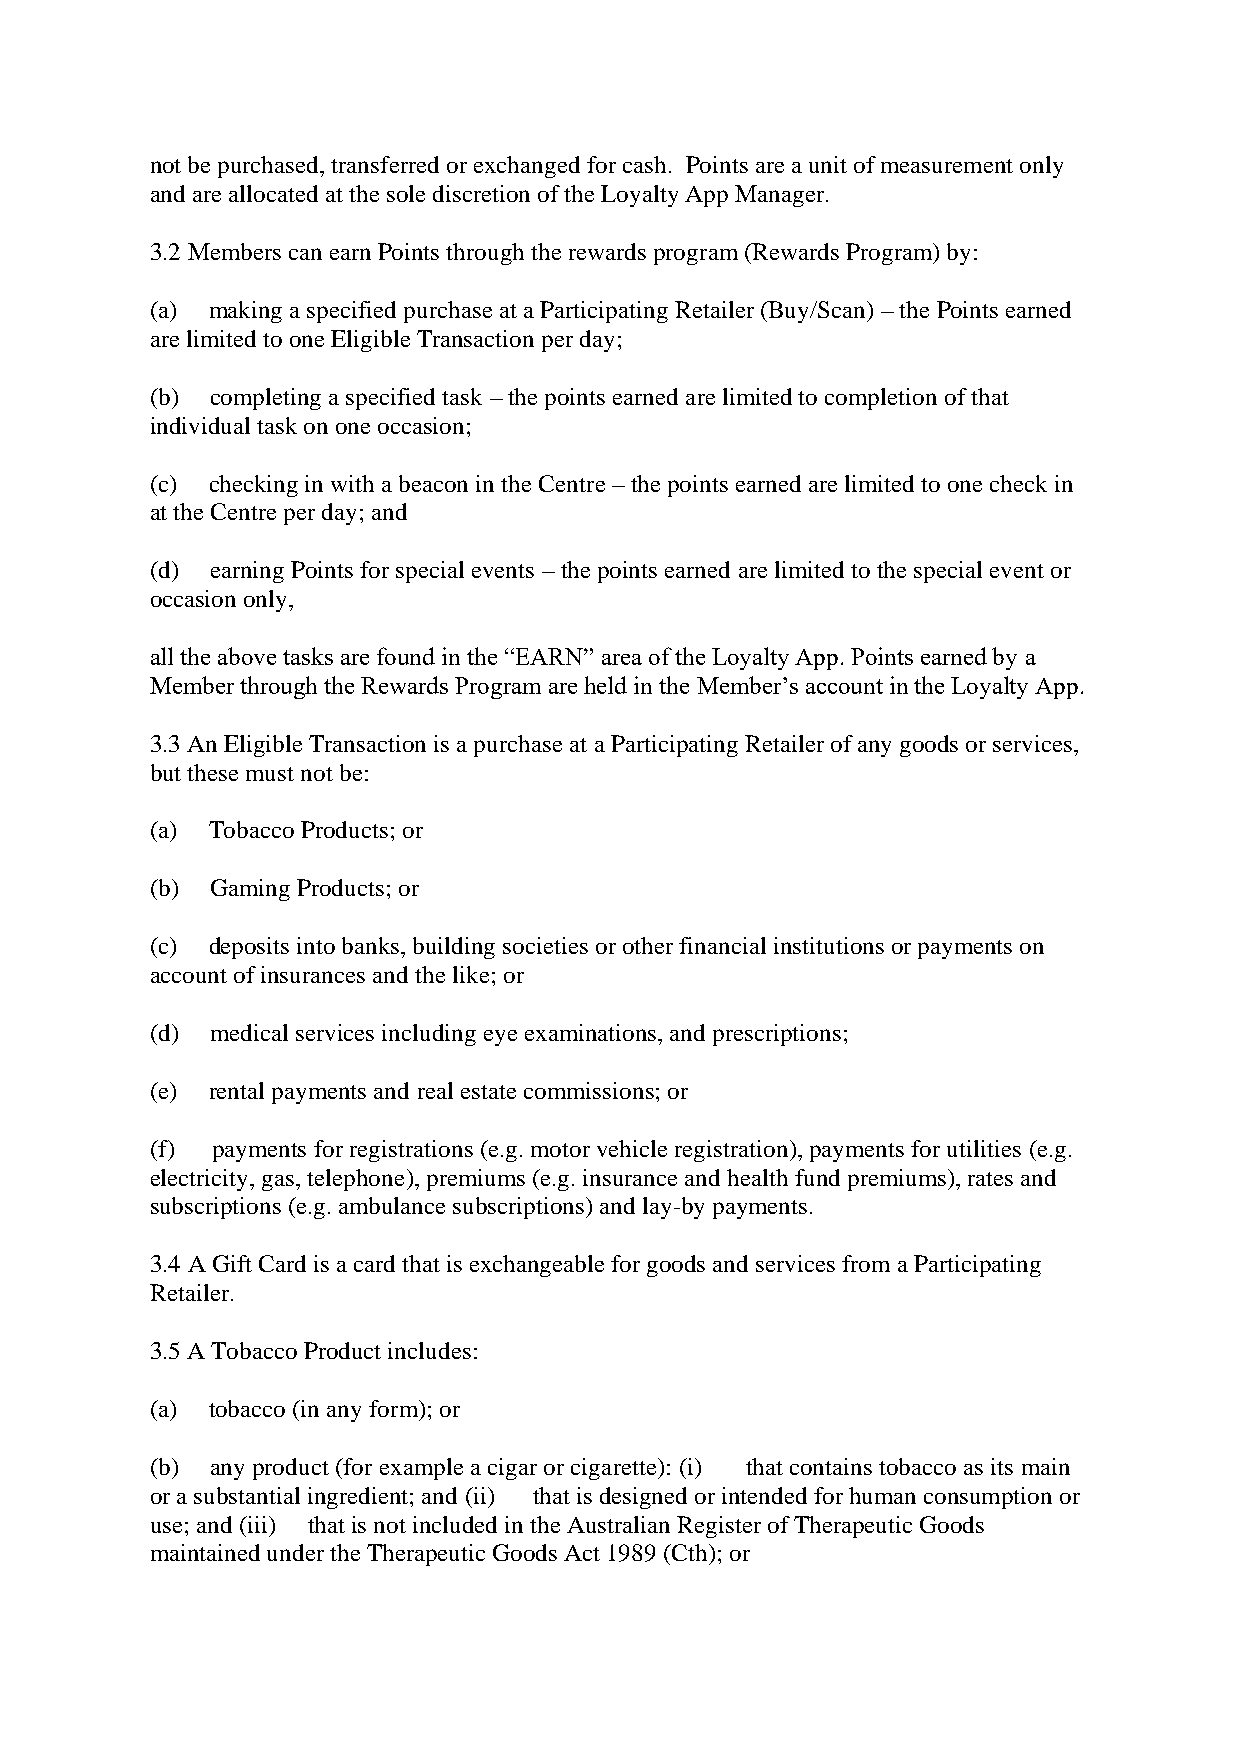
not be purchased, transferred or exchanged for cash. Points are a unit of measurement only
 and are allocated at the sole discretion of the Loyalty App Manager.
 3.2 Members can earn Points through the rewards program (Rewards Program) by:
 (a) making a specified purchase at a Participating Retailer (Buy/Scan) – the Points earned
 are limited to one Eligible Transaction per day;
 (b) completing a specified task – the points earned are limited to completion of that
 individual task on one occasion;
 (c) checking in with a beacon in the Centre – the points earned are limited to one check in
 at the Centre per day; and
 (d) earning Points for special events – the points earned are limited to the special event or
 occasion only,
 all the above tasks are found in the “EARN” area of the Loyalty App. Points earned by a
 Member through the Rewards Program are held in the Member’s account in the Loyalty App.
 3.3 An Eligible Transaction is a purchase at a Participating Retailer of any goods or services,
 but these must not be:
 (a) Tobacco Products; or
 (b) Gaming Products; or
 (c) deposits into banks, building societies or other financial institutions or payments on
 account of insurances and the like; or
 (d) medical services including eye examinations, and prescriptions;
 (e) rental payments and real estate commissions; or
 (f) payments for registrations (e.g. motor vehicle registration), payments for utilities (e.g.
 electricity, gas, telephone), premiums (e.g. insurance and health fund premiums), rates and
 subscriptions (e.g. ambulance subscriptions) and lay-by payments.
 3.4 A Gift Card is a card that is exchangeable for goods and services from a Participating
 Retailer.
 3.5 A Tobacco Product includes:
 (a) tobacco (in any form); or
 (b) any product (for example a cigar or cigarette): (i) that contains tobacco as its main
 or a substantial ingredient; and (ii) that is designed or intended for human consumption or
 use; and (iii) that is not included in the Australian Register of Therapeutic Goods
 maintained under the Therapeutic Goods Act 1989 (Cth); or